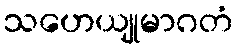
သဟေယျုမာဂတံ